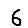
Digit: 6